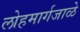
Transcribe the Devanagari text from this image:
लोहमार्गजाळे